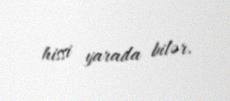
hissi yarada bilər.